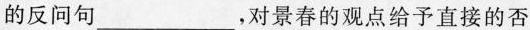
的反问句___，对景春的观点给予直接的否